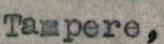
Tampere,